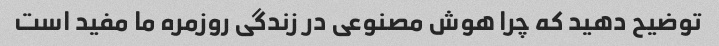
توضیح دهید که چرا هوش مصنوعی در زندگی روزمره ما مفید است